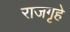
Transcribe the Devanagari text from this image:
राजगृहे